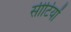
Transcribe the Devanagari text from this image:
सीटियों